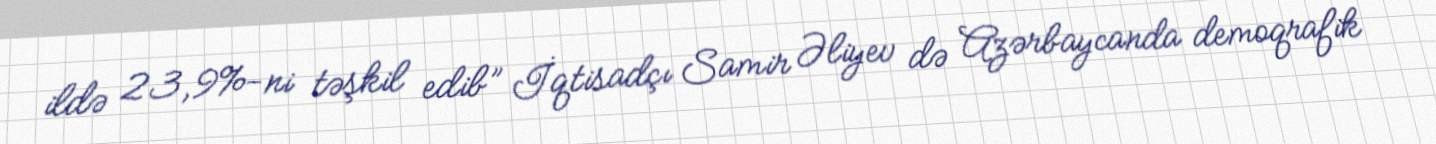
ildə 23,9%-ni təşkil edib” İqtisadçı Samir Əliyev də Azərbaycanda demoqrafik